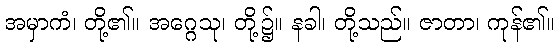
အမှာကံ၊ တို့၏။ အဂ္ဂေသု၊ တို့၌။ နခါ၊ တို့သည်။ ဇာတာ၊ ကုန်၏။